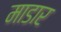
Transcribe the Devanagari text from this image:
माडार